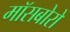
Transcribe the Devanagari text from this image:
मॉसबोरो